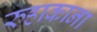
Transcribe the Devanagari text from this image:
रुहाकाना